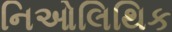
નિઓલિથિક